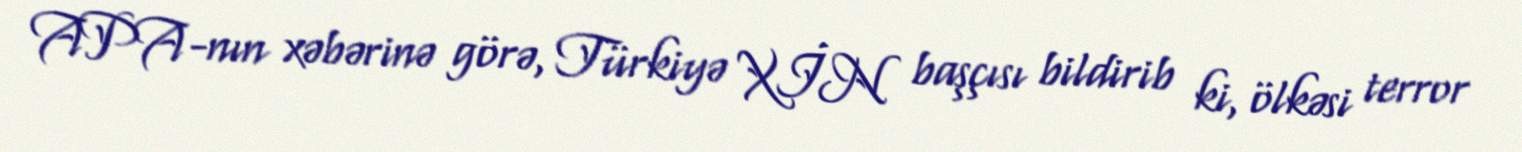
APA-nın xəbərinə görə, Türkiyə XİN başçısı bildirib ki, ölkəsi terror